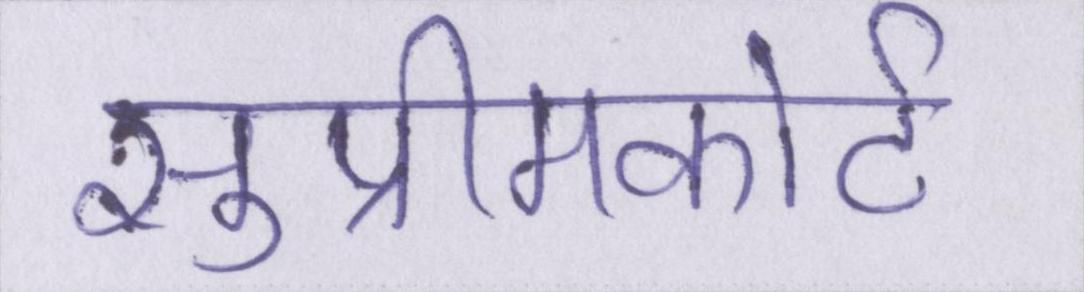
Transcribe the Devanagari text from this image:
सुप्रीमकोर्ट